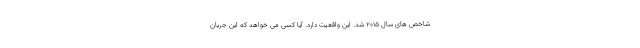
شاخص های سال ۲۰۱۵ شد. این واقعیت دارد. آیا کسی می خواهد که این جریان